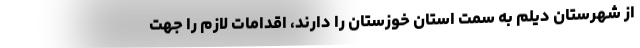
از شهرستان دیلم به سمت استان خوزستان را دارند، اقدامات لازم را جهت